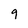
Character: 9